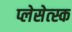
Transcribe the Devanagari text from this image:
प्लेसेत्स्क